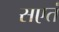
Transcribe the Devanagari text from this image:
सएतं